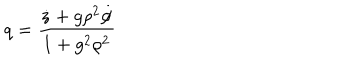
LaTeX: q = \frac { \dot { z } + g \rho ^ { 2 } \dot { \phi } } { 1 + g ^ { 2 } \rho ^ { 2 } }